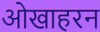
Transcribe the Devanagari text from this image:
ओखाहरन